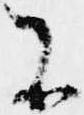
不